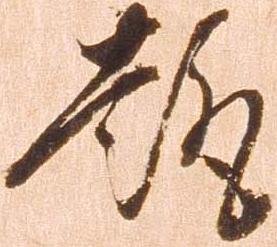
趣